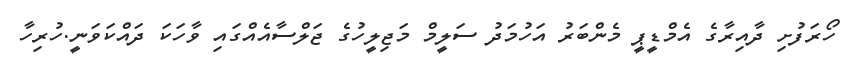
ހޯރަފުށި ދާއިރާގެ އެމްޑީޕީ މެންބަރު އަހުމަދު ސަލީމް މަޖިލީހުގެ ޖަލްސާއެއްގައި ވާހަކަ ދައްކަވަނީ.ހުރިހާ